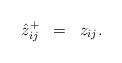
LaTeX: \begin{align*}\begin{array}{lllllllll}\hat{z}_{ij}^{+} & = & z_{ij}.\end{array}\end{align*}